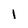
Character: 1